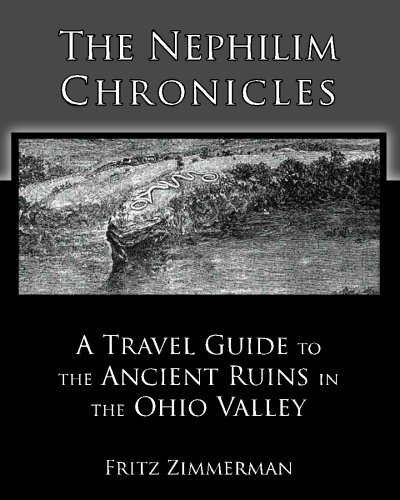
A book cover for The Nephilim Chronicles: A Travel Guide to the Ancient Ruins in the Ohio Valley; Fritz Zimmerman; Travel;